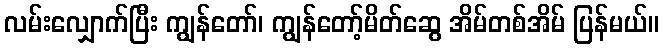
လမ်းလျှောက်ပြီး ကျွန်တော်၊ ကျွန်တော့်မိတ်ဆွေ အိမ်တစ်အိမ် ပြန်မယ်။